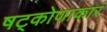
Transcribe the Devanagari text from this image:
षट्कोणाकारं